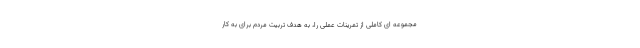
مجموعه ای کاملی از تمرینات عملی را، به هدف تربیت مردم برای به کار